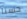
حسنا